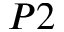
P 2